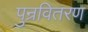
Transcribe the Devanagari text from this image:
पुन्रवितरण